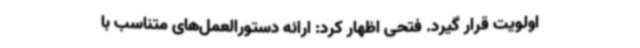
اولویت قرار گیرد. فتحی اظهار کرد: ارائه دستورالعمل‌های متناسب با